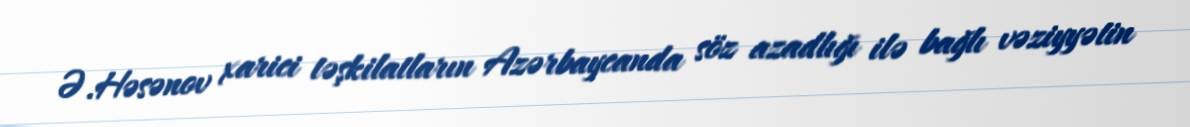
Ə.Həsənov xarici təşkilatların Azərbaycanda söz azadlığı ilə bağlı vəziyyətin